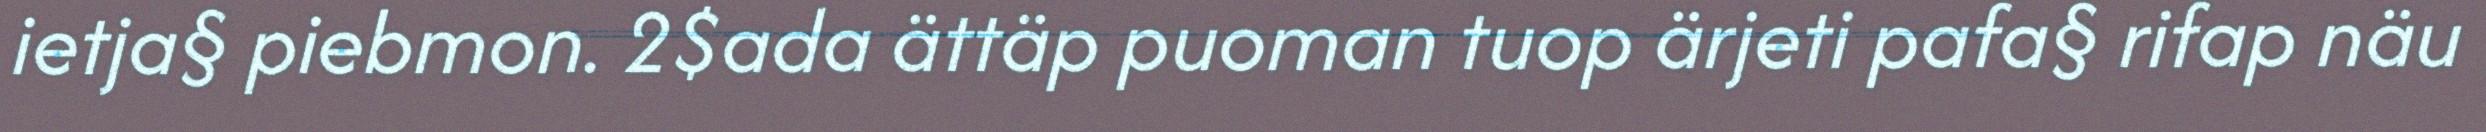
ietja§ piebmon. 2$ada ättäp puoman tuop ärjeti pafa§ rifap näu